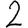
Digit: 2